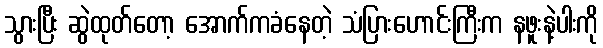
သွားပြီး ဆွဲထုတ်တော့ အောက်ကခံနေတဲ့ သံပြားဟောင်းကြီးက နဖူးနဲ့ပါးကို